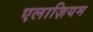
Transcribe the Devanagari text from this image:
एलाज़ियम